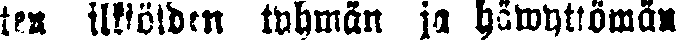
ten ilkiöiden tyhmän ja häwyttömän